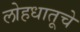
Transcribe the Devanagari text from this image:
लोहधातूचे